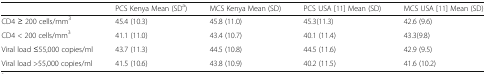
<table><thead><tr><td>[EMPTY_CELL]</td><td><b>PCS Kenya Mean (SD<sup>a</sup>)</b></td><td><b>MCS Kenya Mean (SD)</b></td><td><b>PCS USA [11] Mean (SD)</b></td><td><b>MCS USA [11] Mean (SD)</b></td></tr></thead><tbody><tr><td>CD4 ≥ 200 cells/mm<sup>3</sup></td><td>45.4 (10.3)</td><td>45.8 (11.0)</td><td>45.3(11.3)</td><td>42.6 (9.6)</td></tr><tr><td>CD4 &lt; 200 cells/mm<sup>3</sup></td><td>41.1 (11.0)</td><td>43.4 (10.7)</td><td>40.1 (11.4)</td><td>43.3(9.8)</td></tr><tr><td>Viral load ≤55,000 copies/ml</td><td>43.7 (11.3)</td><td>44.5 (10.8)</td><td>44.5 (11.6)</td><td>42.9 (9.5)</td></tr><tr><td>Viral load &gt;55,000 copies/ml</td><td>41.5 (10.6)</td><td>43.8 (10.9)</td><td>40.2 (11.5)</td><td>41.6 (10.2)</td></tr></tbody></table>